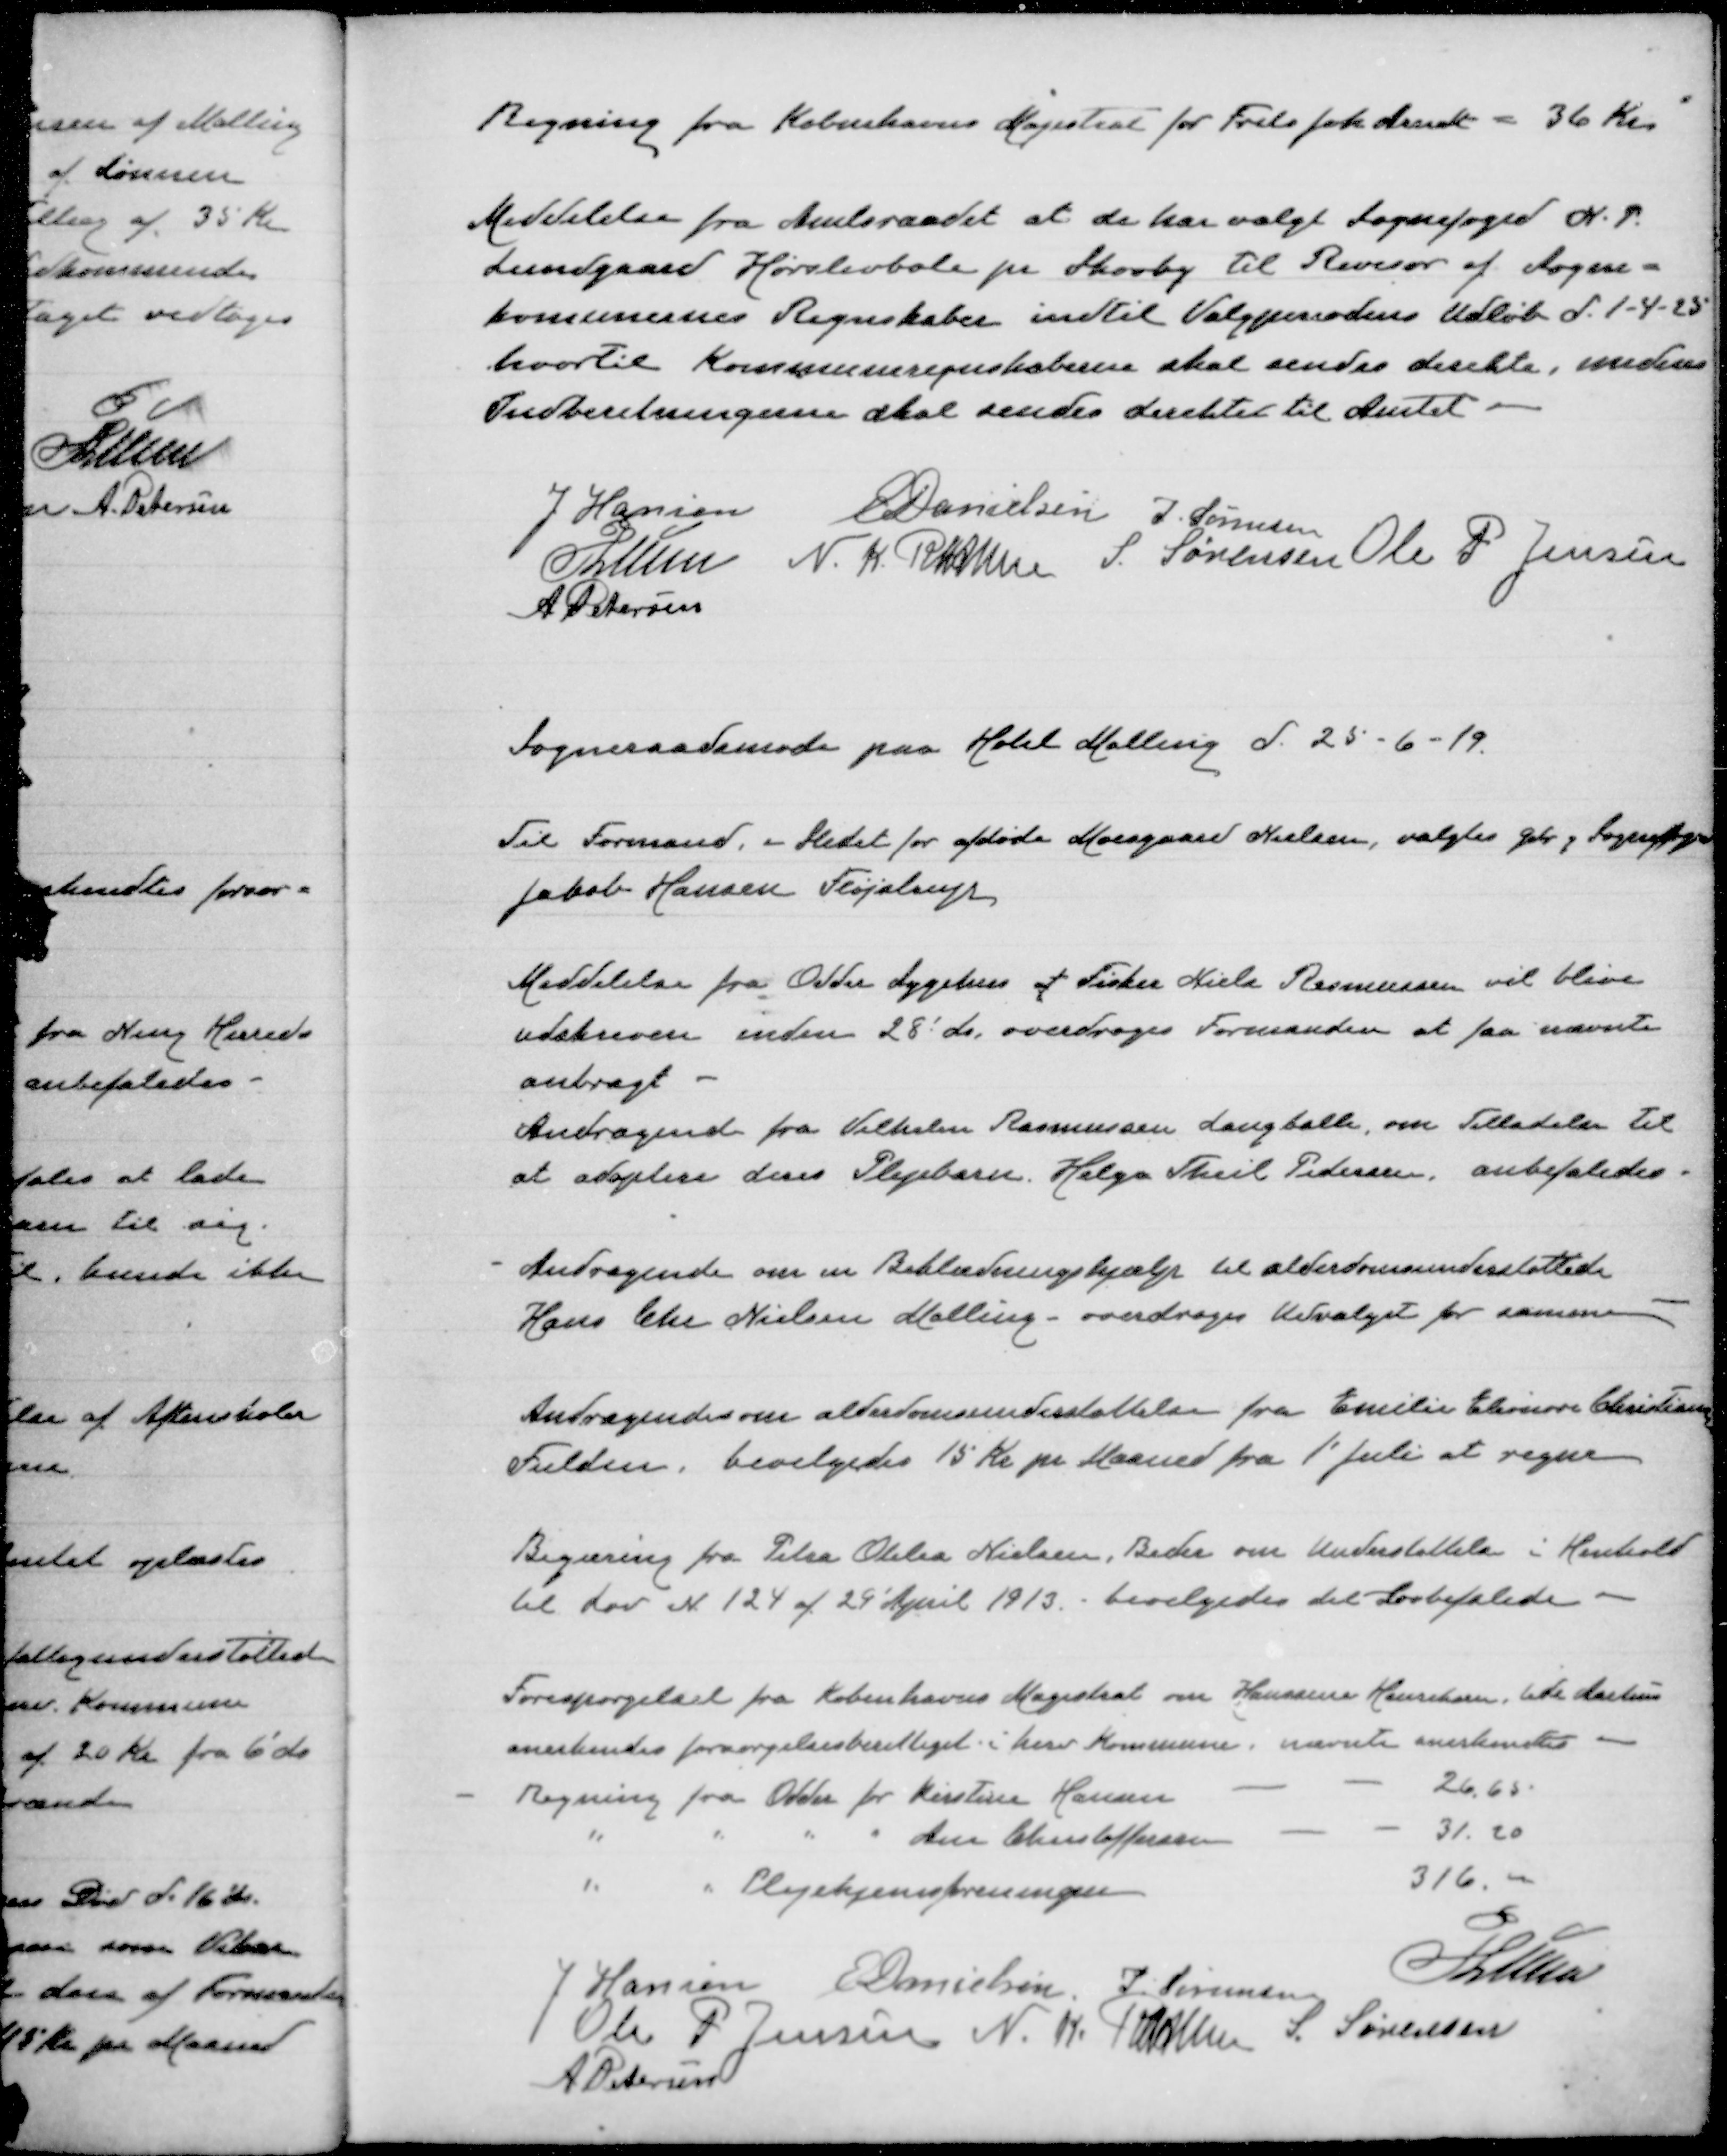
Transskription:
Regning fra Københavns Magistrat for Frits Joh. Arndt = 36 Kr

Meddelelse fra Amtsraadet at de har valgt Sognefoged N.P.
Lundgaard Hørslevbole pr Skovby til Revisor af Sogne=
komunernes Regnskaber indtil Valgperiodens udløb d. 1-4-25
hvortil Kommuneregnskaberne skal sendes direkte, medens
Indberetningerne skal sendes direkte til Amtet.

J Hansen
E Danielsen
J Sørensen
Lunn
N.K. Rasmussen
S. Sørensen
Ole P Jensen
A Petersen

Sogneraadsmøde paa Hotel Malling d. 25-6-19

Til Formand, - stedet for afdøde Moesgaard Nielsen, valgtes Gdr. og Sognefoged
Jakob Hansen Fløjstrup

Meddelelse fra Odder Sygehus at Fisker Niels Rasmussen vil blive
udskreven under 28' ds, overdrages Formanden at faa nævnte
anbragt
Andragende fra Vilhelm Rasmussen Langballe om Tilladelse til
at adoptere deres Plejebarn. Helga Theil Pedersen, anbefaledes.

Andragende om en Beklædningshjælp til alderdomsunderstøttede
Hans Chr Nielsen Malling - overdrages Udvalget for samme

Andragende alderdomsunderstøttelse fra Emilie  Christiansen
Fulden, bevilgedes 15 Kr pr Maaned fra 1' Juli at regne

Regning fra Petra  Nielsen, Beder om understøttelse i Henhold
til Lov N 124 af 29' April 1913 - bevilgedes det Lovbefalede

Forespørgel fra Københavns Magistrat om Hanssine ,  Aarhus
anerkendes forsørgelsesberettiget i hver Kommune. nævnte anerkendtes

P Lunn
J Hansen
E Danielsen
J. Sørensen
Ole P Jensen
N. K. Rasmussen
S. Sørensen
A. Petersen